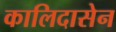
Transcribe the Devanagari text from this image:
कालिदासेन